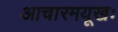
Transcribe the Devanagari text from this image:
आचारमयूखः